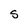
Character: s